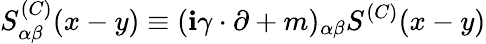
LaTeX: S_{\alpha\beta}^{(C)}(x-y)\equiv(\mathbf{i}\gamma\cdot\partial+m)_{\alpha\beta}S^{(C)}(x-y)